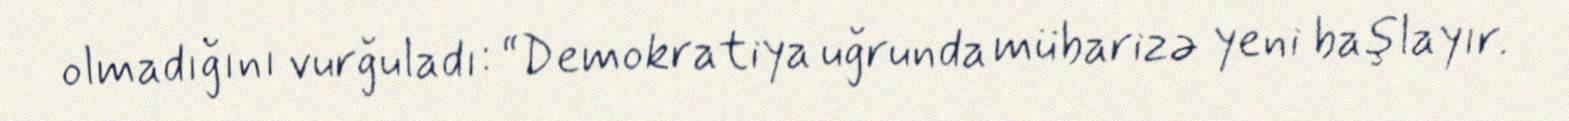
olmadığını vurğuladı: “Demokratiya uğrunda mübarizə yeni başlayır.